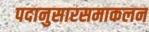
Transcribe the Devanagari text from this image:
पदानुसारसमाकलन